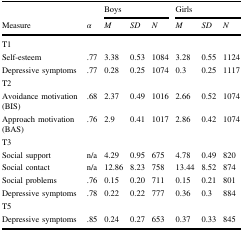
<table><thead><tr><td></td><td></td><td colspan="3"><b>Boys</b></td><td colspan="3"><b>Girls</b></td></tr><tr><td><b>Measure</b></td><td><b><i>α</i></b></td><td><b><i>M</i></b></td><td><b><i>SD</i></b></td><td><b><i>N</i></b></td><td><b><i>M</i></b></td><td><b><i>SD</i></b></td><td><b><i>N</i></b></td></tr></thead><tbody><tr><td colspan="8">T1</td></tr><tr><td>Self-esteem</td><td>.77</td><td>3.38</td><td>0.53</td><td>1084</td><td>3.28</td><td>0.55</td><td>1124</td></tr><tr><td>Depressive symptoms</td><td>.77</td><td>0.28</td><td>0.25</td><td>1074</td><td>0.3</td><td>0.25</td><td>1117</td></tr><tr><td colspan="8">T2</td></tr><tr><td>Avoidance motivation (BIS)</td><td>.68</td><td>2.37</td><td>0.49</td><td>1016</td><td>2.66</td><td>0.52</td><td>1074</td></tr><tr><td>Approach motivation (BAS)</td><td>.76</td><td>2.9</td><td>0.41</td><td>1017</td><td>2.86</td><td>0.42</td><td>1074</td></tr><tr><td colspan="8">T3</td></tr><tr><td>Social support</td><td>n/a</td><td>4.29</td><td>0.95</td><td>675</td><td>4.78</td><td>0.49</td><td>820</td></tr><tr><td>Social contact</td><td>n/a</td><td>12.86</td><td>8.23</td><td>758</td><td>13.44</td><td>8.52</td><td>874</td></tr><tr><td>Social problems</td><td>.76</td><td>0.15</td><td>0.20</td><td>711</td><td>0.15</td><td>0.21</td><td>801</td></tr><tr><td>Depressive symptoms</td><td>.78</td><td>0.22</td><td>0.22</td><td>777</td><td>0.36</td><td>0.3</td><td>884</td></tr><tr><td colspan="8">T5</td></tr><tr><td>Depressive symptoms</td><td>.85</td><td>0.24</td><td>0.27</td><td>653</td><td>0.37</td><td>0.33</td><td>845</td></tr></tbody></table>